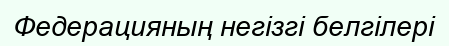
Федерацияның негізгі белгілері